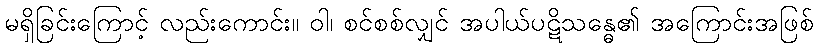
မရှိခြင်းကြောင့် လည်းကောင်း။ ဝါ၊ စင်စစ်လျှင် အပါယ်ပဋိသန္ဓေ၏ အကြောင်းအဖြစ်